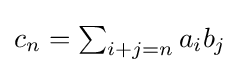
{\textstyle c_{n}=\sum _{i+j=n}a_{i}b_{j}}